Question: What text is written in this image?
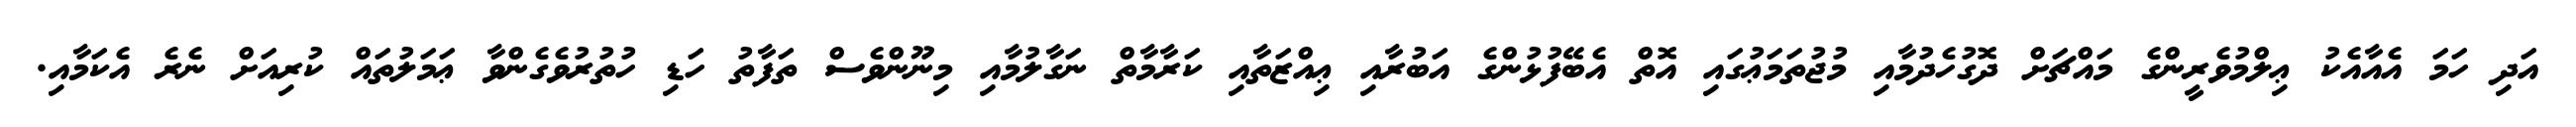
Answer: އަދި ހަމަ އެއާއެކު ޢިލްމުވެރީންގެ މައްޗަށް ދޮގުހެދުމާއި މުޖުތަމަޢުގައި އޮތް އެބޭފުޅުންގެ އަބުރާއި ޢިއްޒަތާއި ކަރާމާތް ނަގާލުމާއި މިނޫންވެސް ތަފާތު ހަޑި ހުތުރުވެގެންވާ ޢަމަލުތައް ކުރިއަށް ނެރެ އެކަމާއި.